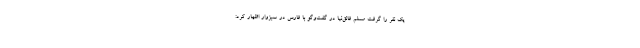
یک نفر را گرفت مسلم فائق‌نیا در گفت‌وگو با فارس در سبزوار اظهار کرد: